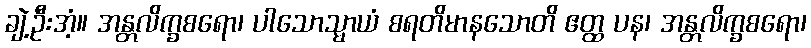
ချဲ့ဦးအံ့။ အန္တလိက္ခစရော၊ ပါသောသ္မာယံ စရတိမာနသောတိ ဧတ္ထ ပန၊ အန္တလိက္ခစရော၊